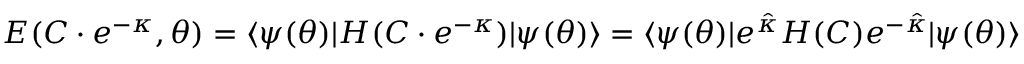
\begin{array} { r } { E ( C \cdot e ^ { - \kappa } , { \boldsymbol { \theta } } ) = \ensuremath { \langle { \psi ( { \boldsymbol { \theta } } ) } \rvert } H ( C \cdot e ^ { - \kappa } ) \ensuremath { \lvert { \psi ( { \boldsymbol { \theta } } ) } \rangle } = \ensuremath { \langle { \psi ( { \boldsymbol { \theta } } ) } \rvert } e ^ { \hat { \kappa } } H ( C ) e ^ { - \hat { \kappa } } \ensuremath { \lvert { \psi ( { \boldsymbol { \theta } } ) } \rangle } } \end{array}